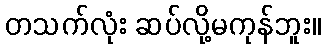
တသက်လုံး ဆပ်လို့မကုန်ဘူး။